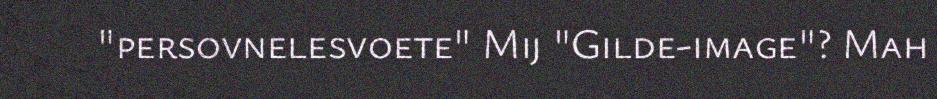
"persovnelesvoete" Mij "Gilde-image"? Mah